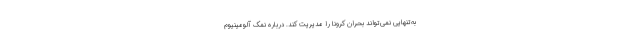
به‌تنهایی نمی‌تواند بحران کرونا را مدیریت کند. درباره نمک‌ آلومینیوم